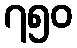
၇၅၀